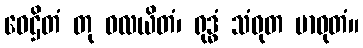
ဝေဌိတံ တု ဝလယိတံ၊ ရုဒ္ဓံ သံဝုတ မာဝုတံ။